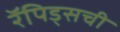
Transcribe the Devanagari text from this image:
रॅपिड्सची